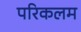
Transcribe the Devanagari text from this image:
परिकलम